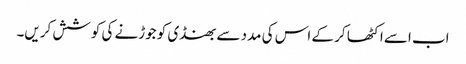
اب اسے اکٹھا کر کے اس کی مدد سے بھنڈی کو جوڑنے کی کوشش کریں۔